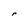
Character: r